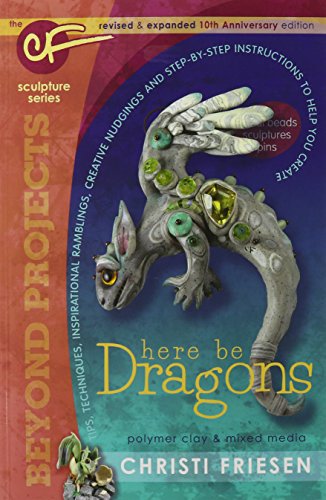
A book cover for Here Be Dragons: The CF Sculpture Series Book (Beyond Projects); Christi Friesen; Crafts, Hobbies & Home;